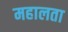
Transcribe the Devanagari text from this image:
महालता